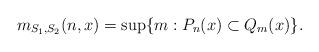
LaTeX: \begin{align*}m_{S_1,S_2} (n,x)=\sup \{ m: P_n(x) \subset Q_m(x) \}.\end{align*}